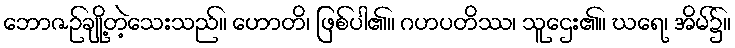
ဘောဇဉ်ချို့တဲ့သေးသည်။ ဟောတိ၊ ဖြစ်ပါ၏။ ဂဟပတိဿ၊ သူဌေး၏။ ဃရေ၊ အိမ်၌။